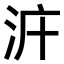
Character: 𣳝